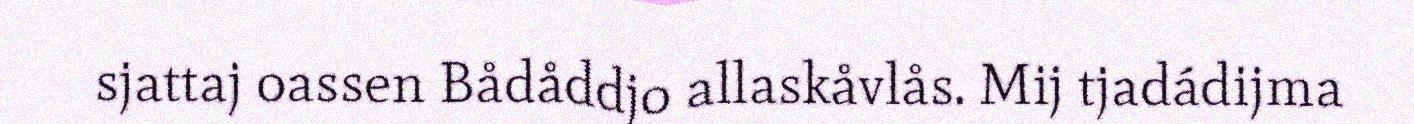
sjattaj oassen Bådåddjo allaskåvlås. Mij tjadádijma